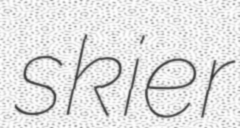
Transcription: skier